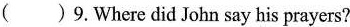
( )9.Where did John say his prayers?